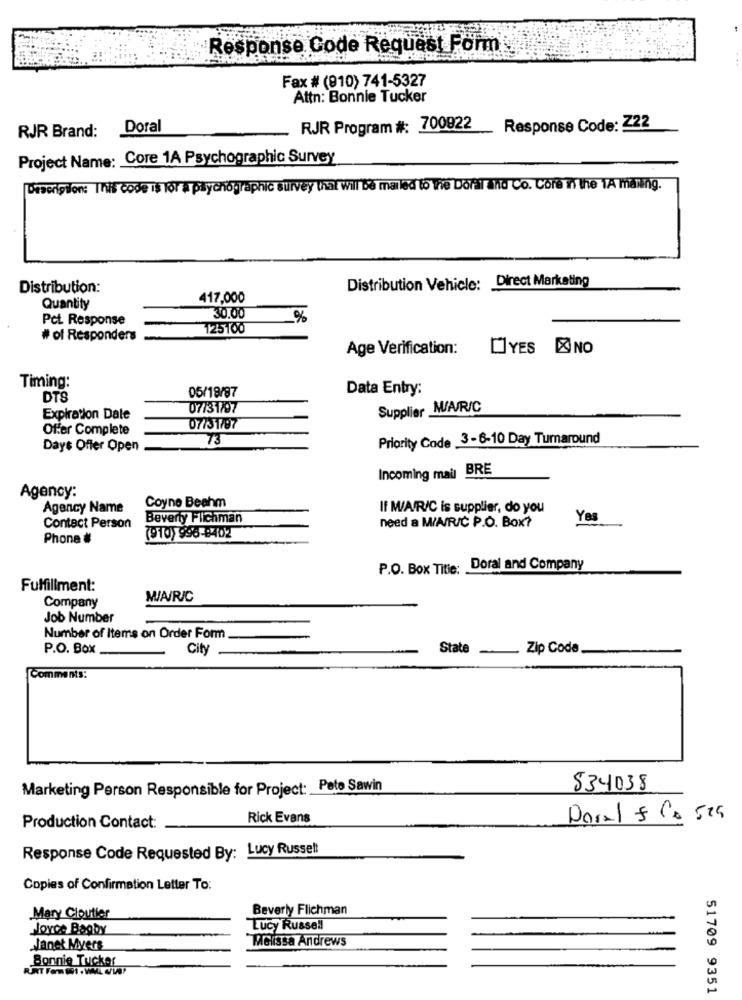
Response Code Request Form
Fax # (910) 741-5327
Attn: Bonnie Tucker
Doral
RJR Program #: 700922
Response Code: Z22
RJR Brand:
Project Name: Core 1A Psychographic Survey
Description: This code is for a psychographic survey that wil be mailed to The Doraland Co. Core I the TA malung.
Distribution Vehicle: Direct Marketing
Distribution:
417,000
Quantity
Pct. Response
30.00
%
125100
# of Responders
Age Verification:
DYES XINO
Timing:
05/19/87
Data Entry:
DTS
07/31/97
Supplier M/A/R/C
Expiration Date
Offer Complete
07/31797
73
Priority Cade 3-6-10 Day Turnaround
Days Offer Open
Incoming mail BRE
Agency:
Coyne Beahm
Agency Name
If M/A/R/C is supplier, do you
Beverly Flichman
need a M/A/R/C P.O. Box?
Yes
Contact Person
Phone #
(910) 996-8402
P.O. Box Title: .
Doral and Company
Fulfillment:
MIA/R/C
Company
Job Number
Number of Items on Order Form
P.O. Box
City
State _
Zip Code
Comments:
Marketing Person Responsible for Project: Pete Sawin
534038
Rick Evans
Doral & Co 524
Production Contact:
Response Code Requested By: Lucy Russe !!
Copies of Confirmation Letter To:
Beverly Flichman
Mary Cloutier
Force Bagby
Lucy Russell
Melissa Andrews
Janet Myers
Bonnie Tucker
51709 9351